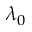
\lambda _ { 0 }